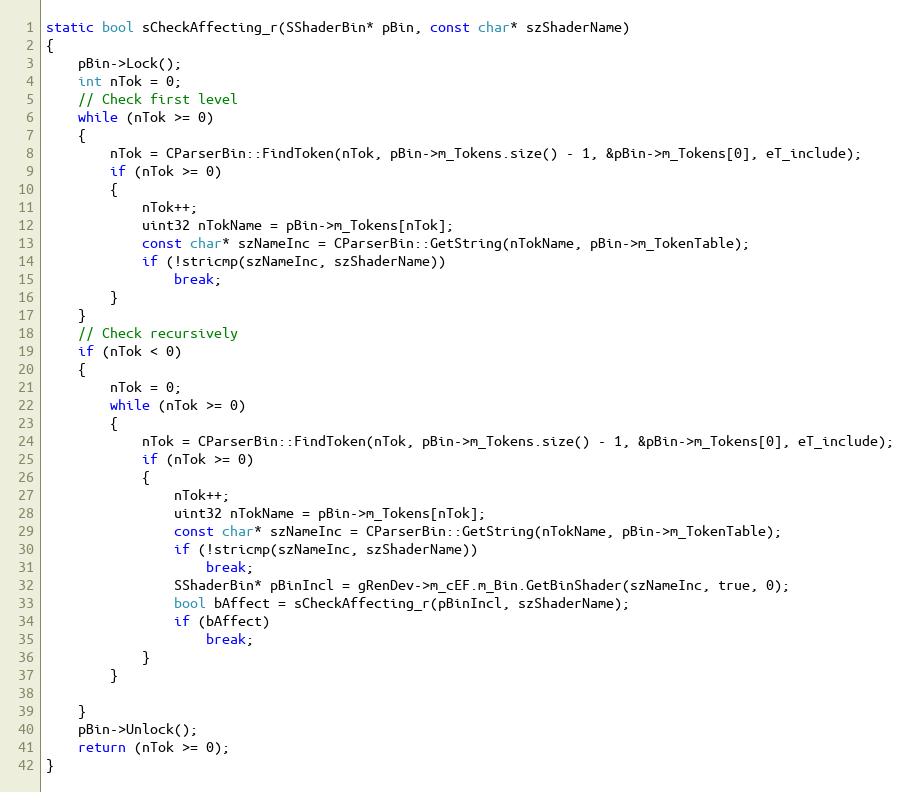
Language: C++
static bool sCheckAffecting_r(SShaderBin* pBin, const char* szShaderName)
{
	pBin->Lock();
	int nTok = 0;
	// Check first level
	while (nTok >= 0)
	{
		nTok = CParserBin::FindToken(nTok, pBin->m_Tokens.size() - 1, &pBin->m_Tokens[0], eT_include);
		if (nTok >= 0)
		{
			nTok++;
			uint32 nTokName = pBin->m_Tokens[nTok];
			const char* szNameInc = CParserBin::GetString(nTokName, pBin->m_TokenTable);
			if (!stricmp(szNameInc, szShaderName))
				break;
		}
	}
	// Check recursively
	if (nTok < 0)
	{
		nTok = 0;
		while (nTok >= 0)
		{
			nTok = CParserBin::FindToken(nTok, pBin->m_Tokens.size() - 1, &pBin->m_Tokens[0], eT_include);
			if (nTok >= 0)
			{
				nTok++;
				uint32 nTokName = pBin->m_Tokens[nTok];
				const char* szNameInc = CParserBin::GetString(nTokName, pBin->m_TokenTable);
				if (!stricmp(szNameInc, szShaderName))
					break;
				SShaderBin* pBinIncl = gRenDev->m_cEF.m_Bin.GetBinShader(szNameInc, true, 0);
				bool bAffect = sCheckAffecting_r(pBinIncl, szShaderName);
				if (bAffect)
					break;
			}
		}

	}
	pBin->Unlock();
	return (nTok >= 0);
}